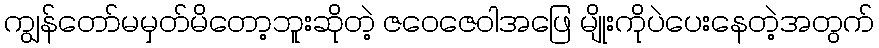
ကျွန်တော်မမှတ်မိတော့ဘူးဆိုတဲ့ ဇဝေဇေဝါအဖြေ မျိုးကိုပဲပေးနေတဲ့အတွက်